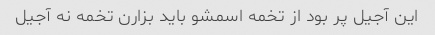
این آجیل پر بود از تخمه اسمشو باید بزارن تخمه نه آجیل